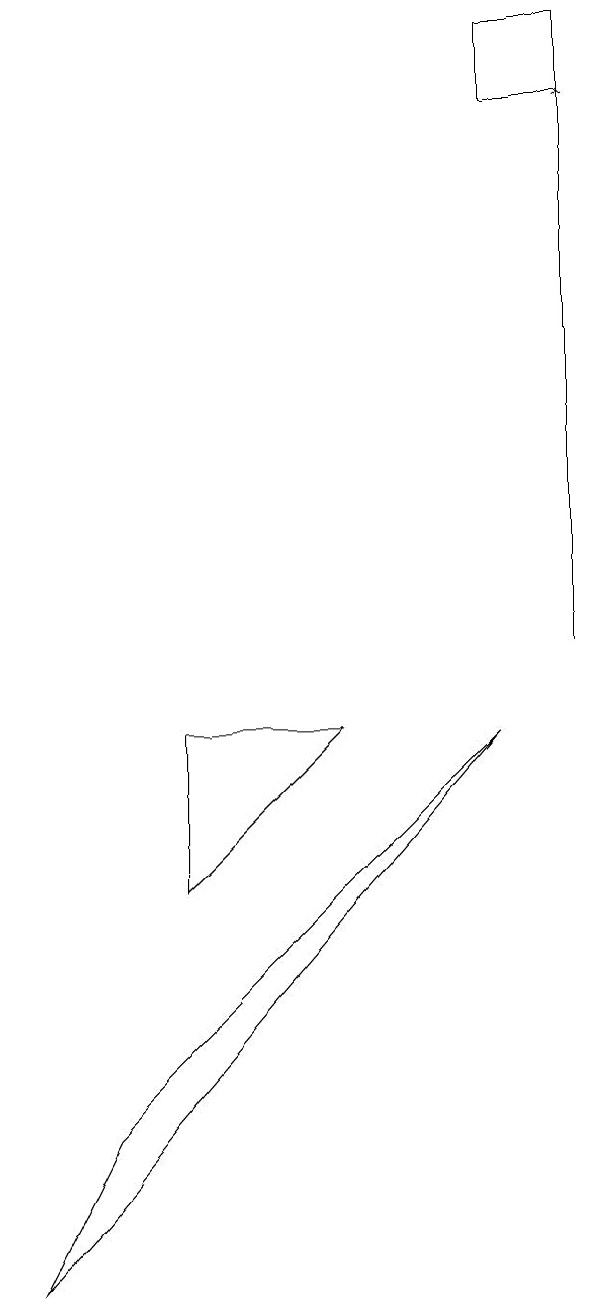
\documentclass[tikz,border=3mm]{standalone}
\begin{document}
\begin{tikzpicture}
\draw (8,9) -- (3,4) -- (2,2) -- cycle;
\draw (4,7) -- (4,9) -- (6,9) -- cycle;
\draw[->] (9,10) -- (9,17);
\draw (9,18) rectangle (8,17);
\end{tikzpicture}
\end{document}